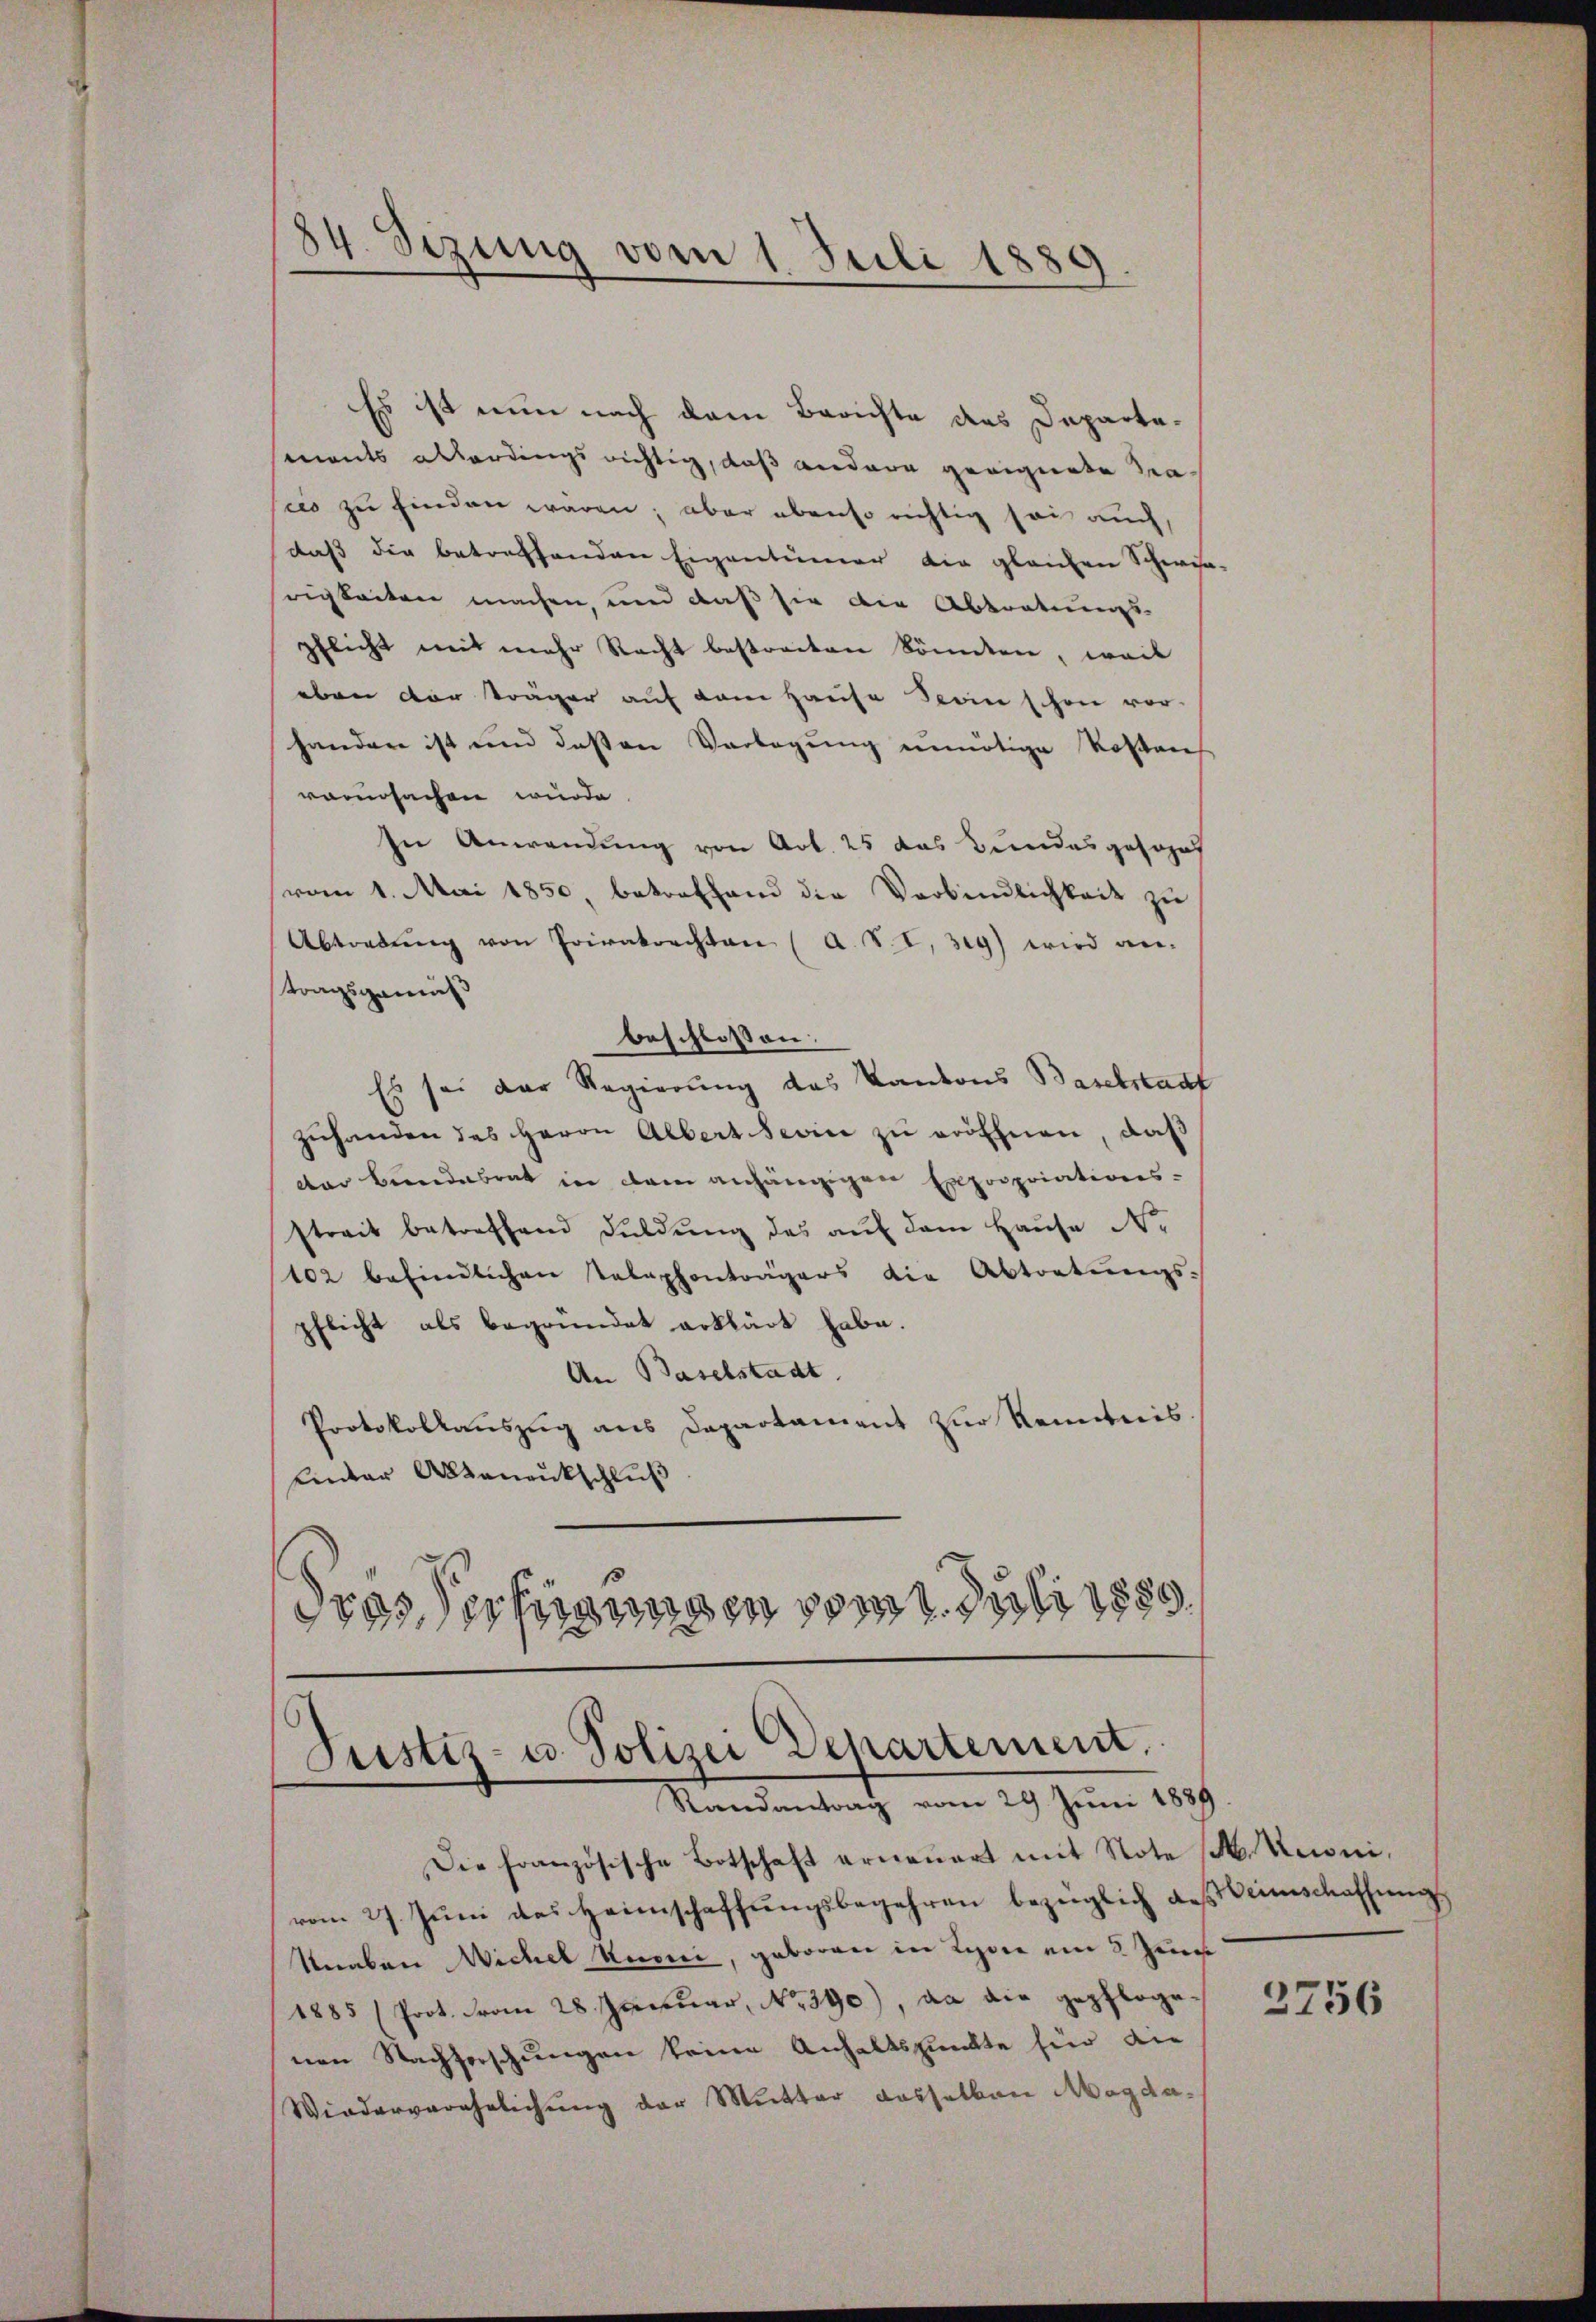
84. Sizung vom 1. Juli 1880.
d

Es ist nun nach dem Berichte das Departaments allerdings richtig, daß andere geeignete Sacis zu finden wären; aber ebenso richtig sei auch,
daß die betreffenden Eigentümer die gleichen Schwin-
rigkeiten machen, und daß sie die Abtretungs-
pflicht mit mehr Recht bestreiten könnten, weil
eben der träger auf dem Hause Stein schon vor-
handen ist und deßen Verlegung unnötige Kosten
vorursachen wurde.
In Anwendung von Art. 25 das Bundesgesan
vom 1. Mai 1850, betreffend die Verbindlichkeit zu
Abtretŭng von Privatrechten (a. S. I. 329) wird an-
tragsgemis
beschlossen:
Es sei der Regierung des Kantons Baselstadt
zŭhanden des Herrn Albert seine zu eröffnen, daß
der Bundesrat in dem anhängigen Expropriations-
streit betreffend Fuldŭng des auf dem Hause No
102 befindlichen Telephonträgers die Abtretŭngs-
pflicht als begründet erklärt habe.
An Baselstadt
Protokollauszug aus Departament zur Kenntnis
Einter Altanenkschluß
dres Verfügungen vom Juli 1880

Justiz- u. Polizei Departement.
Randantrag vom 29 Juni 1889.

Die französische Botschaft erneŭert mit Note 1 Kuoni,
vom 27. Jŭni das Heimschaffŭngsbegehren bezüglich des Weinschaffŭng
Knaben Wichel Kuoni, geboren in Lyone ein 3 Zeuge
1885 (Prot. Frau 28. Januar, No. 390), da die gepfloge
nen Nachforschungen keine Anhaltspunkte für die
Wiederverehelichung der Mutter dasselben Magda¬

3756